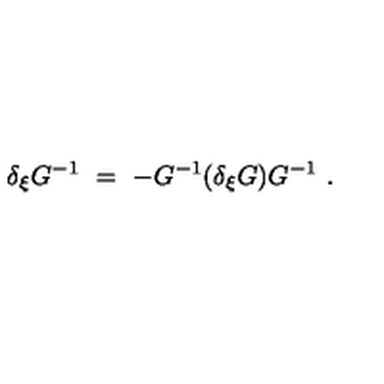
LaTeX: \delta _ { \xi } G ^ { - 1 } \ = \ - G ^ { - 1 } ( \delta _ { \xi } G ) G ^ { - 1 } \ .